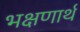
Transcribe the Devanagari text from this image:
भक्षणार्थ